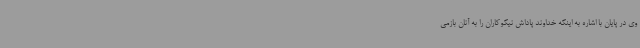
وی در پایان با اشاره به اینکه خداوند پاداش نیکوکاران را به آنان بازمی